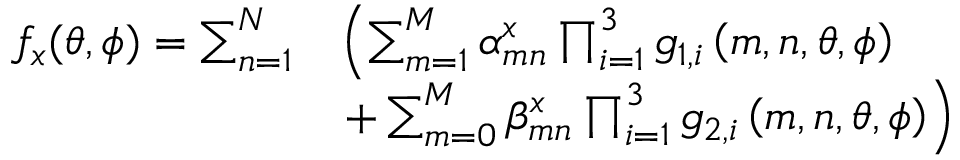
\begin{array} { r l } { f _ { x } ( \theta , \phi ) = \sum _ { n = 1 } ^ { N } } & { \left( \sum _ { m = 1 } ^ { M } \alpha _ { m n } ^ { x } \prod _ { i = 1 } ^ { 3 } { g _ { 1 , i } } \left( m , n , \theta , \phi \right) \right. } \\ & { \left. + \sum _ { m = 0 } ^ { M } \beta _ { m n } ^ { x } \prod _ { i = 1 } ^ { 3 } { g _ { 2 , i } } \left( m , n , \theta , \phi \right) \right) } \end{array}